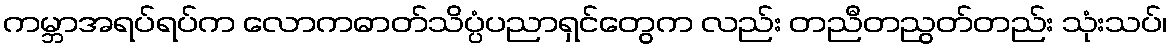
ကမ္ဘာအရပ်ရပ်က လောကဓာတ်သိပ္ပံပညာရှင်တွေက လည်း တညီတညွတ်တည်း သုံးသပ်၊